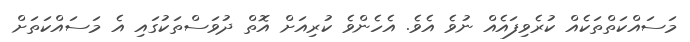
މަސައްކަތްތަކެއް ކުރެވިފައެއް ނުވެ އެވެ. އެހެންވެ ކުރިއަށް އޮތް ދުވަސްތަކުގައި އެ މަސައްކަތަށް